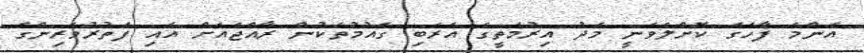
އެންމެ ފާހަގަ ކޮށްލެވެނީ މެދު އިރުމަތީގެ އަރަބި ގައުމުތަކުން ރާއްޖެއަށް އައި ފަތުރުވެރިންގެ